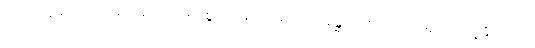
(၄) ပုဗ္ဗေနိဝါသ-ရှေးရှေးဘဝများစွာ၌ ဖြစ်ခဲ့ဖူးသော ခန္ဓာအစဉ်ကို အောက်မေ့နိုင်ခြင်း။